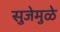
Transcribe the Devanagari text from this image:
सुजेमुळे